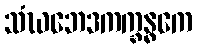
သံဃဘေဒကက္ခန္ဓကေ